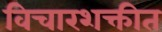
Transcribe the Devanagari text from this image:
विचारशक्तीत